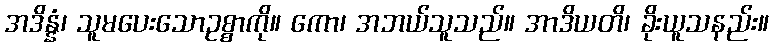
အဒိန္နံ၊ သူမပေးသောဥစ္စာကို။ ကော၊ အဘယ်သူသည်။ အာဒိယတိ၊ ခိုးယူသနည်း။